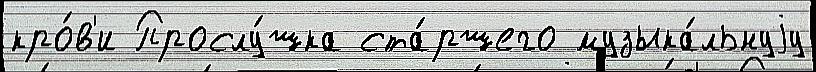
кро́в'и Прослу́шка ста́ршего музыка́льнуjу